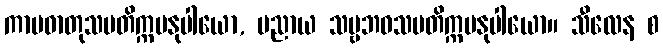
ကာမဓာတုသမတိက္ကမနုပါယော, ပညာယ သဗ္ဗဘဝသမတိက္ကမနုပါယော။ သီလေန စ